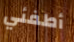
أطفئي